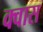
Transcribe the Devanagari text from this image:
क्वास